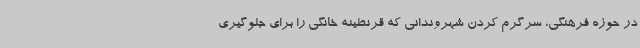
در حوزه فرهنگی، سرگرم کردن شهروندانی که قرنطینه خانگی را برای جلوگیری